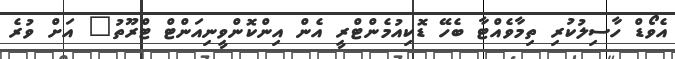
އެވޯޑް ހާސިލުކުރި ތިމާވެއްޓާ ބެހޭ ޑޮކިއުމެންޓްރީ އެން އިންކޮންވީނިއަންޓް ޓްރޫތު" އަށް ވުރެ